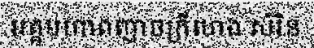
អគ្គមហាពញាចក្រីហេង សំរិន